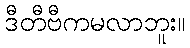
ဒီတီဗီကမလာဘူး။